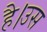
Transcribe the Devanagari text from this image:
है।उस